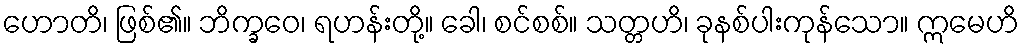
ဟောတိ၊ ဖြစ်၏။ ဘိက္ခဝေ၊ ရဟန်းတို့။ ခေါ၊ စင်စစ်။ သတ္တဟိ၊ ခုနစ်ပါးကုန်သော။ ဣမေဟိ